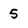
Character: 5